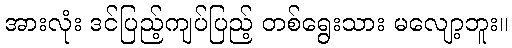
အားလုံး ဒင်ပြည့်ကျပ်ပြည့် တစ်ရွေးသား မလျော့ဘူး။